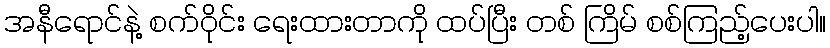
အနီရောင်နဲ့ စက်ဝိုင်း ရေးထားတာကို ထပ်ပြီး တစ် ကြိမ် စစ်ကြည့်ပေးပါ။